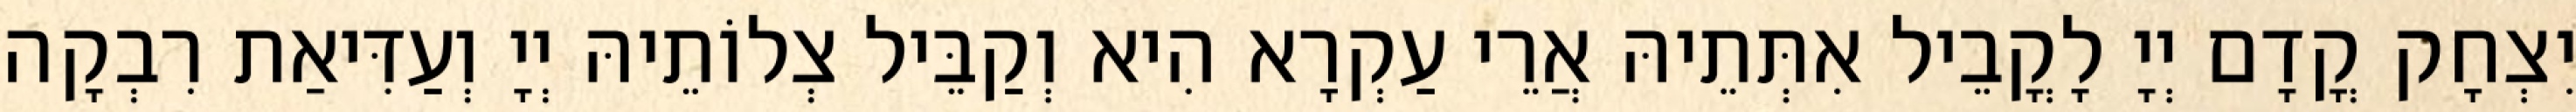
יִצְחָק קֳדָם יְיָ לָקֳבֵיל אִתְּתֵיהּ אֲרֵי עַקְרָא הִיא וְקַבֵּיל צְלוֹתֵיהּ יְיָ וְעַדִּיאַת רִבְקָה